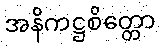
အနိကဋ္ဌစိတ္တော